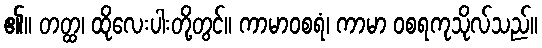
၏။ တတ္ထ၊ ထိုလေးပါးတို့တွင်။ ကာမာဝစရံ၊ ကာမာ ဝစရကုသိုလ်သည်။